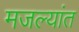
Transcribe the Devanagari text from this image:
मजल्यांत